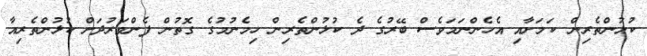
ކުޅުންތެރިން ކަމަށާއި އެހެންނަމަވެސް ބޭރުގެ ދެ ކުޅުންތެރިން ހިމެނުމުގެ ގޮތުން ފެންވަރުދަށް ކުޅުންތެރިއާ